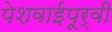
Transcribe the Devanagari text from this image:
पेशवाईपूर्वी